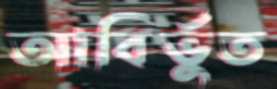
আবির্ভুত